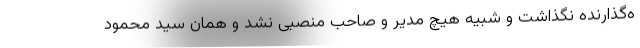
ه‌گذارنده نگذاشت و شبیه هیچ مدیر و صاحب منصبی نشد و همان سید محمود